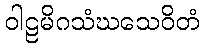
ဝါဠမိဂသံဃသေဝိတံ